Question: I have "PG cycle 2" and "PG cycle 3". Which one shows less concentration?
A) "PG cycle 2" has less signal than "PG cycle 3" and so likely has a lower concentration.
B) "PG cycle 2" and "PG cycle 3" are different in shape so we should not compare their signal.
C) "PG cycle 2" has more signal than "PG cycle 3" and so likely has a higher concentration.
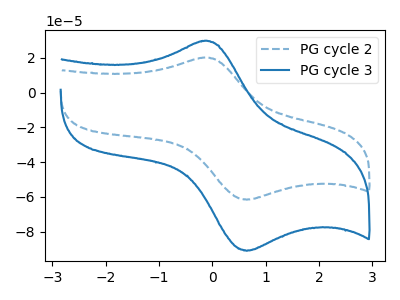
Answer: <think>The blue dashed curve "PG cycle 2" has an anodic peak at (-0.15V, 20.10uA) and a cathodic peak at (0.65V, -61.55uA). The blue curve "PG cycle 3" has an anodic peak at (-0.15V, 29.70uA) and a cathodic peak at (0.65V, -90.95uA).
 All the peaks in "PG cycle 2" have a peak in "PG cycle 3" at the same potential. Every peak in "PG cycle 2" is lower than every peak in "PG cycle 3".</think>
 <answer>A) "PG cycle 2" has less signal than "PG cycle 3" and so likely has a lower concentration.</answer>
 <eval>A</eval>